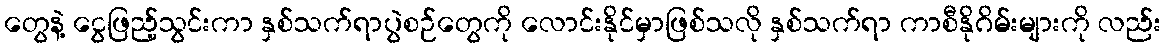
တွေနဲ့ ငွေဖြည့်သွင်းကာ နှစ်သက်ရာပွဲစဉ်တွေကို လောင်းနိုင်မှာဖြစ်သလို နှစ်သက်ရာ ကာစီနိုဂိမ်းများကို လည်း